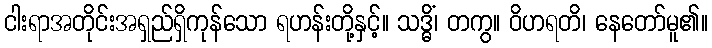
ငါးရာအတိုင်းအရှည်ရှိကုန်သော ရဟန်းတို့နှင့်။ သဒ္ဓိံ၊ တကွ။ ဝိဟရတိ၊ နေတော်မူ၏။